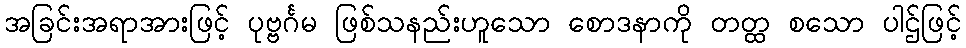
အခြင်းအရာအားဖြင့် ပုဗ္ဗင်္ဂမ ဖြစ်သနည်းဟူသော စောဒနာကို တတ္ထ စသော ပါဌ်ဖြင့်